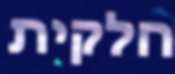
חלקית